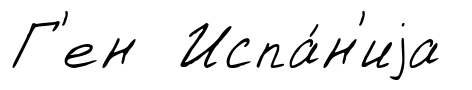
Г'ен Испа́н'иjа